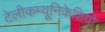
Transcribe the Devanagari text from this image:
टेलीकम्यूनिकेशियो